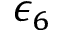
\epsilon _ { 6 }